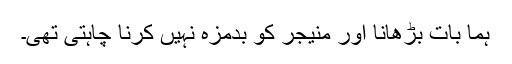
ہما بات بڑھانا اور منیجر کو بدمزہ نہیں کرنا چاہتی تھی۔